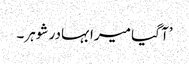
’آ گیا میرا بہادر شوہر۔